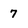
Character: 7